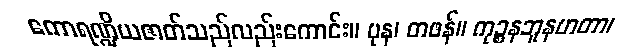
ကောရဏ္ဍိယဇာတ်သည်လည်းကောင်း။ ပုန၊ တဖန်။ ကုဉ္စနဘူနဟတာ၊